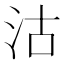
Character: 沽